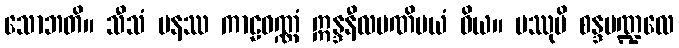
သောဘတိ။ သီသံ ပနဿ ကာဠဝဏ္ဏံ ဣန္ဒနီလမဏိမယံ ဝိယ။ မဿုပိ စန္ဒမဏ္ဍလေ